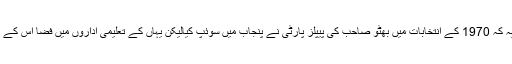
دلچسپ بات یہ کہ 1970 کے انتخابات میں بھٹو صاحب کی پیپلز پارٹی نے پنجاب میں سوئپ کیالیکن یہاں کے تعلیمی اداروں میں فضا اس کے برعکس تھی۔